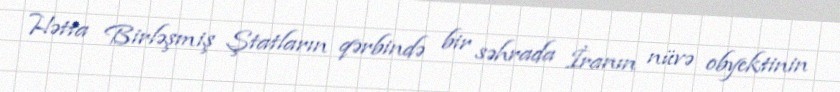
Hətta Birləşmiş Ştatların qərbində bir səhrada İranın nüvə obyektinin